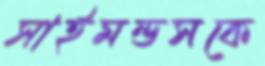
সাইমন্ডসকে